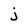
Character: j